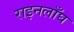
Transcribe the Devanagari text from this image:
राइनलाँघ